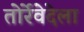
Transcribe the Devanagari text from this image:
तोर्रेवेदेला